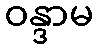
ဝန္ဒာမ